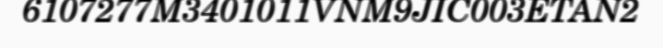
6107277M3401011VNM9JIC003ETAN2